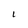
Character: 1